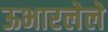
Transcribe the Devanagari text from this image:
ऊभारलेले